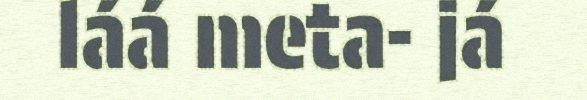
láá meta- já